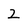
Character: 2